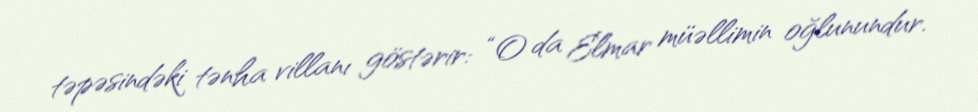
təpəsindəki tənha villanı göstərir: “O da Elmar müəllimin oğlunundur.